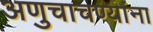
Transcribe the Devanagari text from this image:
अणुचाचण्यांना